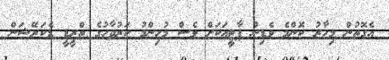
އެގޮތުން މިހާރު ކޮންމެ ވެޑިން ޕާޓީއަކަށް ވެސް މުހިންމު ކަރުދާހުގެ ތްރީޑީ ޑެކަރޭޝަން